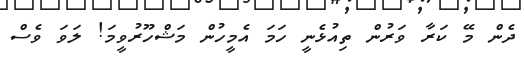
ދެން މޭ ކަރާ ވަރުން ތިއުޅެނީ ހަމަ އެމީހުން މަޝްހޫރުވީމަ! ލަވަ ވެސް